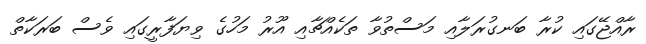
ރާއްޖޭގައި ކުރާ ބަނގުރަލާއި މަސްތުވާ ތަކެއްޗާއި އޫރު މަހުގެ ވިޔަފާރީގައި ވެސް ބަރަކާތް